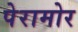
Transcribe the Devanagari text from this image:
पेरामोर